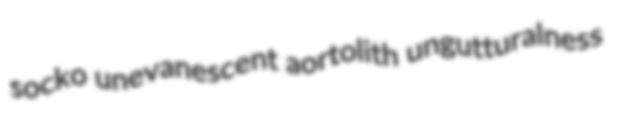
socko unevanescent aortolith ungutturalness